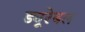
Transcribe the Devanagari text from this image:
ड्यूरेबल